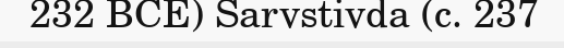
232 BCE) Sarvstivda (c. 237